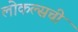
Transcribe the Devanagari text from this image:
लोकल्सची